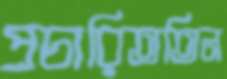
প্রচারিততিন